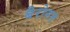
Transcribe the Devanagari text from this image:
बैरोनत